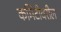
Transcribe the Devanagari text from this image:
कमिटीवरील